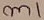
Text: m1